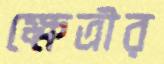
ক্ষেত্রীর